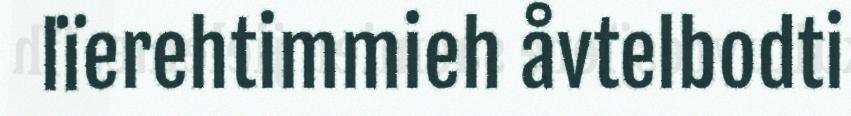
lïerehtimmieh åvtelbodti